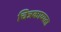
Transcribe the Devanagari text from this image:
चित्रकाव्यता